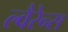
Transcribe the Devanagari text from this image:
ल्वैरेन्स